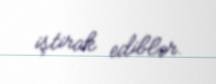
iştirak ediblər.